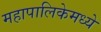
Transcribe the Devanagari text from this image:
महापालिकेमध्ये